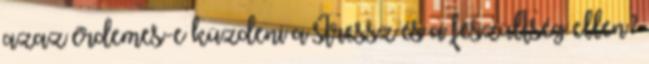
azaz érdemes-e küzdeni a stressz és a feszültség ellen?